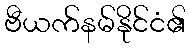
ဗီယက်နမ်နိုင်ငံ၏